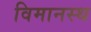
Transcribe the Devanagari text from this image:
विमानस्थ